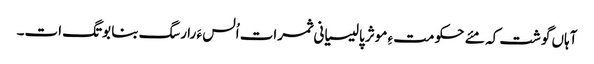
آہاں گوشت کہ مئے حکومت ءِ موثر پالیسیانی ثمرات اُلس ءَ را رسگ بنا بوتگ ات۔